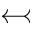
\leftarrowtail